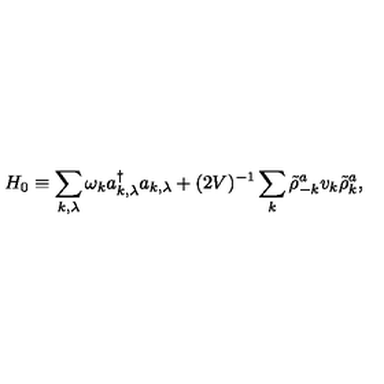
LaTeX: H _ { 0 } \equiv \sum _ { k , \lambda } \omega _ { k } a _ { k , \lambda } ^ { \dag } a _ { k , \lambda } + ( 2 V ) ^ { - 1 } \sum _ { k } \tilde { \rho } _ { - k } ^ { a } v _ { k } \tilde { \rho } _ { k } ^ { a } \mathrm { , }